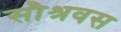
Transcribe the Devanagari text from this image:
सौश्रवस